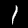
Digit: 1